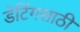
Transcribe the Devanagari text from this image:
डेटिंगसाठी